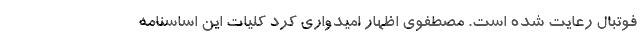
فوتبال رعایت شده است. مصطفوی اظهار امیدواری کرد کلیات این اساسنامه